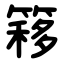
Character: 簃